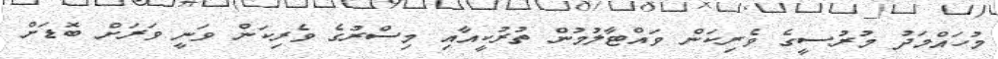
މުހައްމަދު މުރުސީގެ ވެރިކަން ވައްޓާލުމުން ތުރުކީއާއި މިސްރުގެ ވެރިކަން ވަނީ ވަރަށް ބޮޑަށް